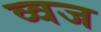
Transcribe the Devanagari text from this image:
व्वज